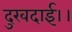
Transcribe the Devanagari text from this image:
दुखदाई।।